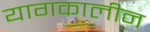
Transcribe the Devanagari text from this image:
यागकालीन